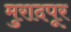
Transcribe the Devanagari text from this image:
मुरादपूर